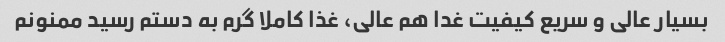
بسیار عالی و سریع کیفیت غدا هم عالی، غذا کاملا گرم به دستم رسید ممنونم